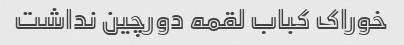
خوراک کباب لقمه دورچین نداشت